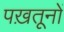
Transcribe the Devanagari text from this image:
पख़तूनों